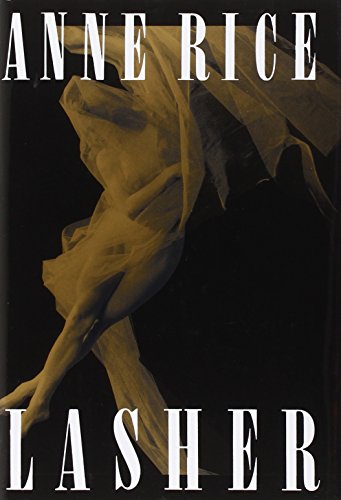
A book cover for Lasher (Lives of the Mayfair Witches); Anne Rice; Romance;